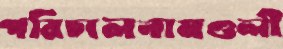
পরিচালনামণ্ডলী